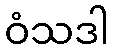
ဝံသဒါ